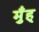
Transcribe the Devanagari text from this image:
मुँह्